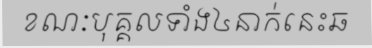
ខណៈបុគ្គលទាំង៤នាក់នេះឆ